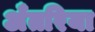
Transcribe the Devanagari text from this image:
अँतरिया